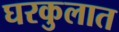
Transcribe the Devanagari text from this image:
घरकुलात